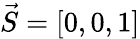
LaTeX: \vec{S}=[0,0,1]